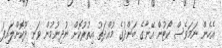
އެހެން ނަމަވެސް ކޯޓުން އޭނާގެ ބަންދުގެ މުއްދަތު އިތުރުކޮށް ނުދިނުމުން ވަނީ ދޫކޮށްލައިފަ